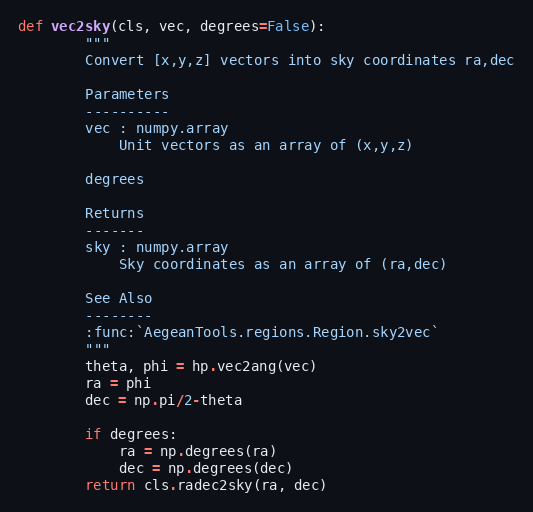
Language: Python
def vec2sky(cls, vec, degrees=False):
        """
        Convert [x,y,z] vectors into sky coordinates ra,dec

        Parameters
        ----------
        vec : numpy.array
            Unit vectors as an array of (x,y,z)

        degrees

        Returns
        -------
        sky : numpy.array
            Sky coordinates as an array of (ra,dec)

        See Also
        --------
        :func:`AegeanTools.regions.Region.sky2vec`
        """
        theta, phi = hp.vec2ang(vec)
        ra = phi
        dec = np.pi/2-theta

        if degrees:
            ra = np.degrees(ra)
            dec = np.degrees(dec)
        return cls.radec2sky(ra, dec)